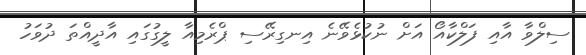
ސިލްވާ އާއި ފަލްކާއޯ އަށް ނުކުޅެވޭނެ އިނގިރޭސި ޕްރެމިއާ ލީގުގައި އާދީއްތަ ދުވަހު